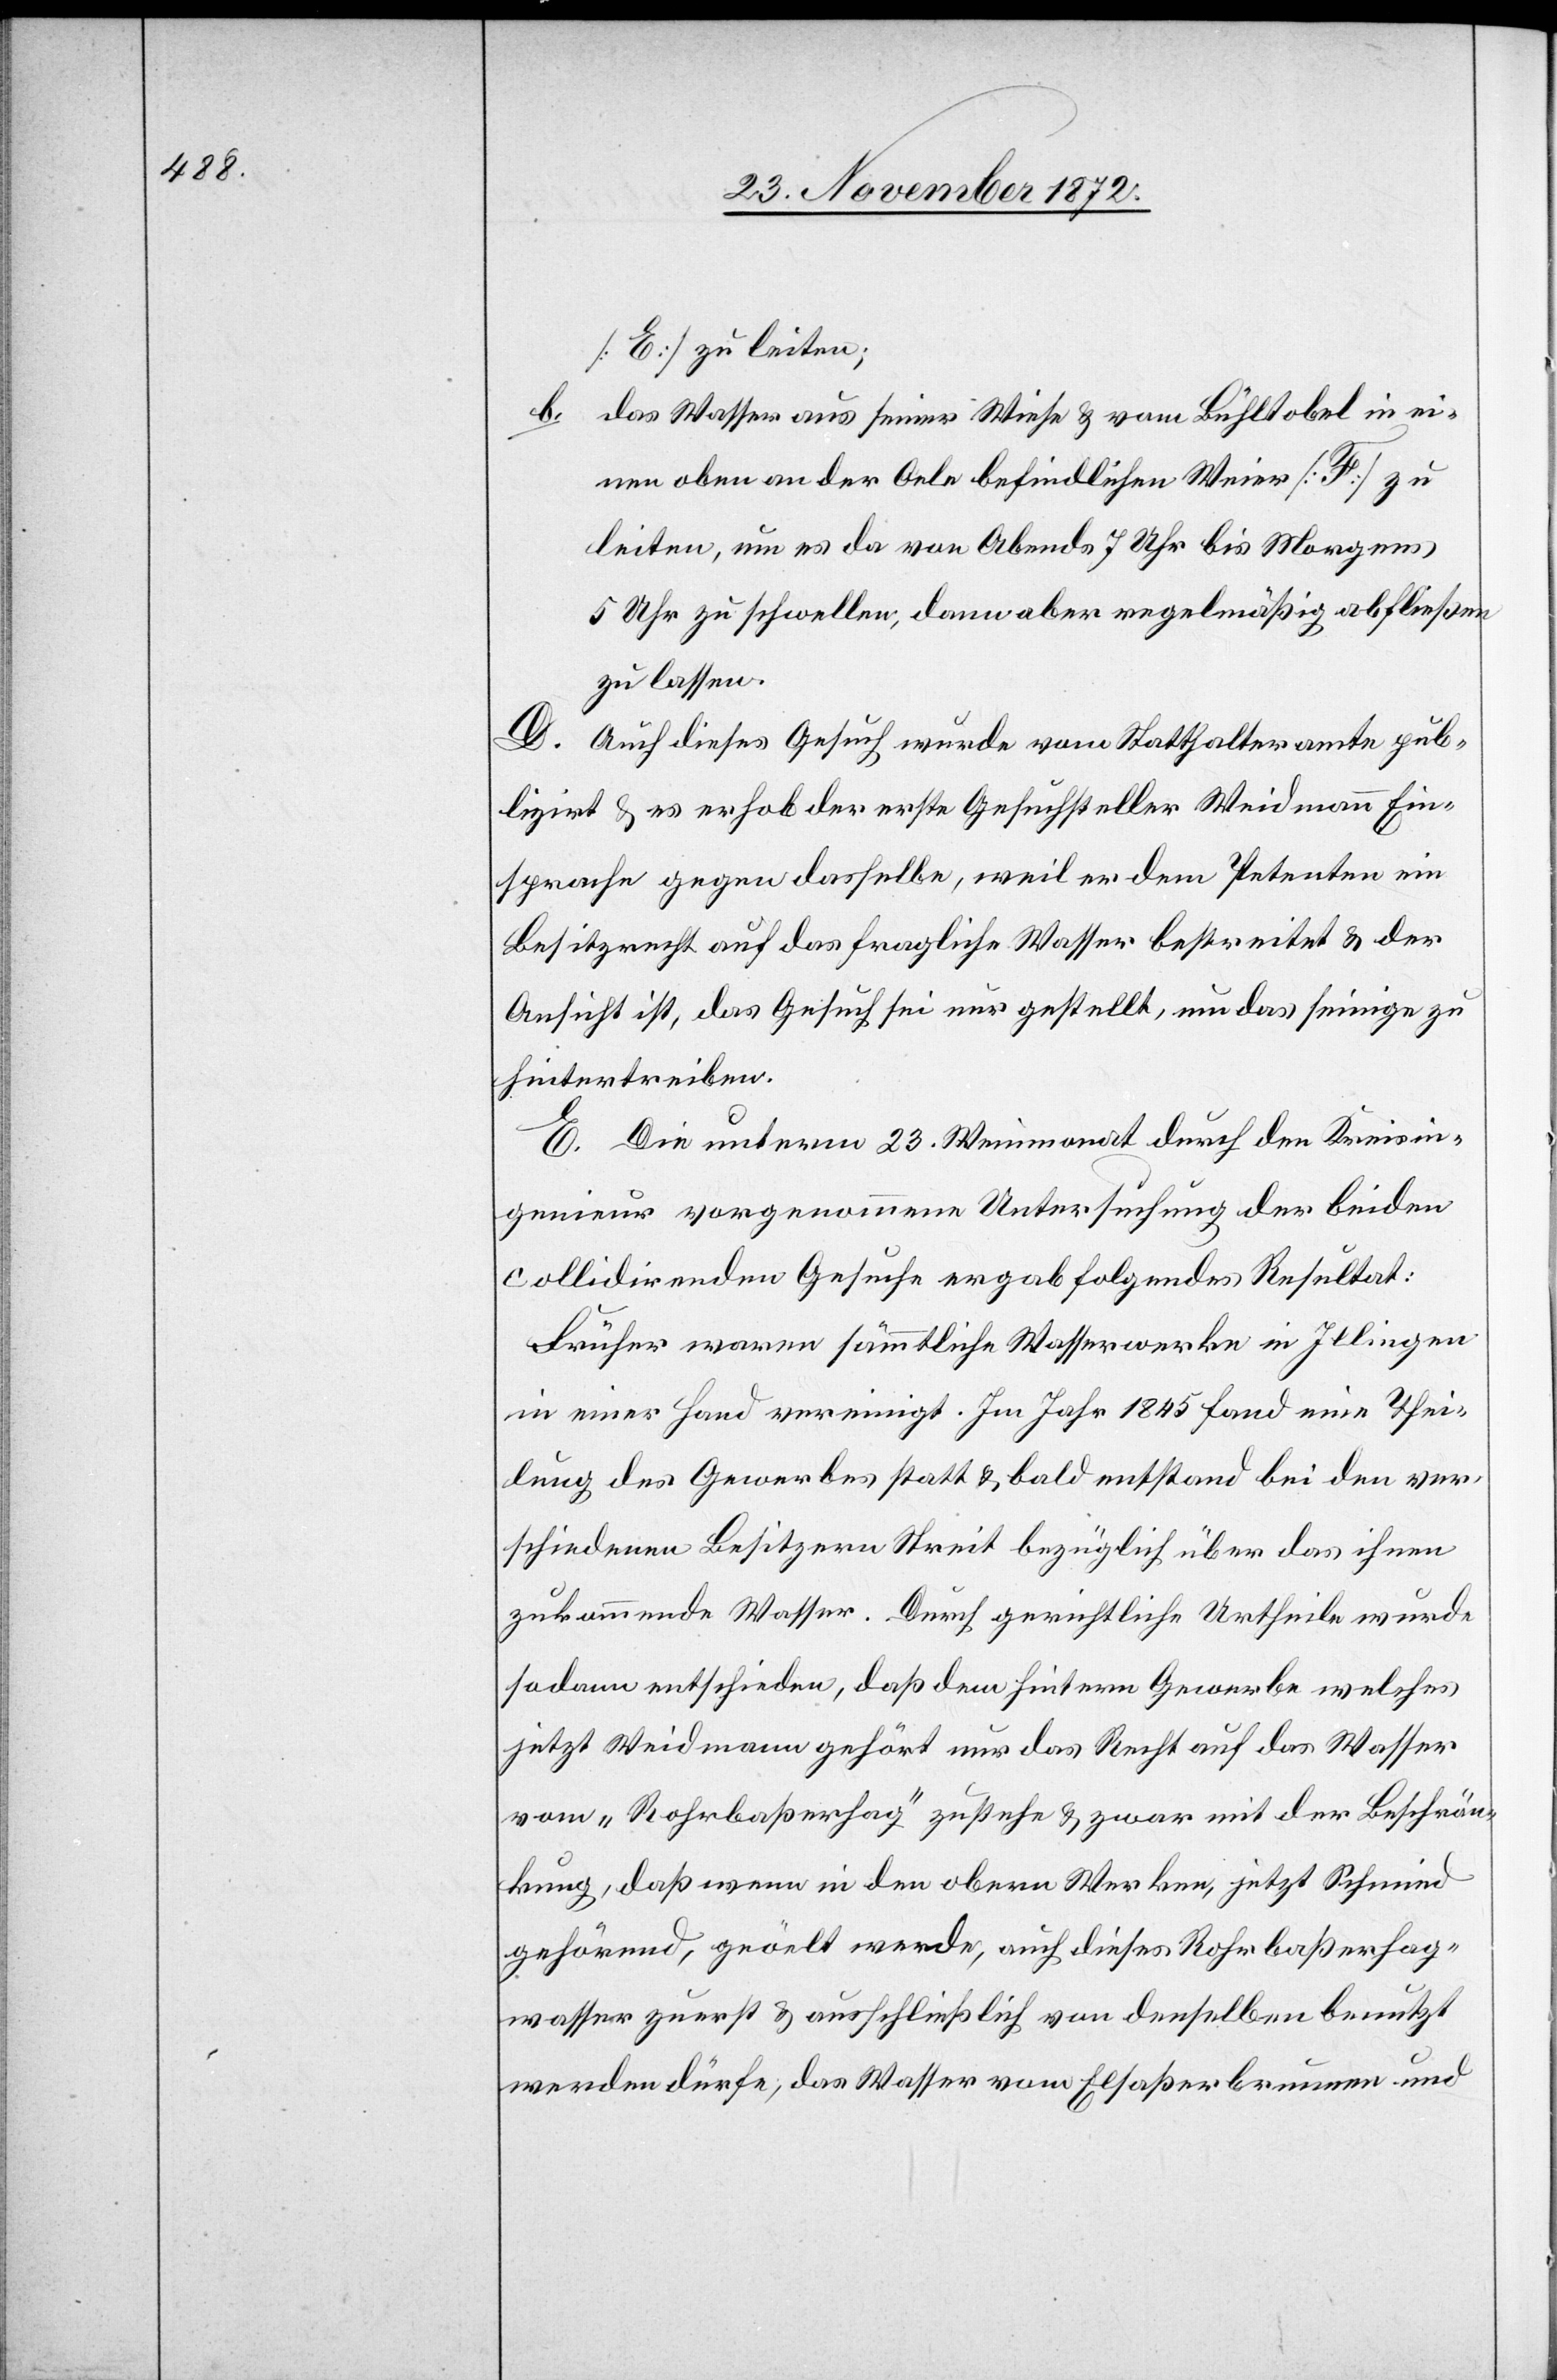
[E] zu leiten;
b. das Wasser aus seiner Wiese u. vom Bühltobel in ei¬
nen oben an der Oele befindlichen Weier [F] zu
leiten, um es da von Abends 7 Uhr bis Morgens
5 Uhr zu schwellen, dann aber regelmäßig abfließen
zu lassen.
D. Auch dieses Gesuch wurde vom Statthalteramte pub¬
lizirt u. es erhob der erste Gesuchsteller Weidmann Ein¬
sprache gegen dasselbe, weil er dem Petenten ein
Besitzrecht auf das fragliche Wasser bestreitet u. der
Ansicht ist, das Gesuch sei nur gestellt, um das seinige zu
hintertreiben.
E. Die unterm 23. Weinmonat durch den Kreisin¬
genieur vorgenommene Untersuchung der beiden
collidirenden Gesuche ergab folgendes Resultat:
Früher waren sämmtliche Wasserwerke in Illingen
in einer Hand vereinigt. Im Jahr 1845 fand eine Thei¬
lung des Gewerbes statt u. bald entstand bei den ver¬
schiedenen Besitzern Streit bezüglich über das ihnen
zukommende Wasser. Durch gerichtliche Urtheile wurde
sodann entschieden, daß dem hintern Gewerbe welches
jetzt Weidmann gehört nur das Recht auf das Wasser
vom „Rohrbaßerhag“ zustehe u. zwar mit der Beschrän¬
kung, daß wenn in den obern Werken, jetzt Schmied
gehörend, geöelt werde, auch dieses Rohrbaßerhag¬
wasser zuerst u. ausschließlich von denselben benutzt
werden dürfe, das Wasser vom Elsaßerbrunnen und